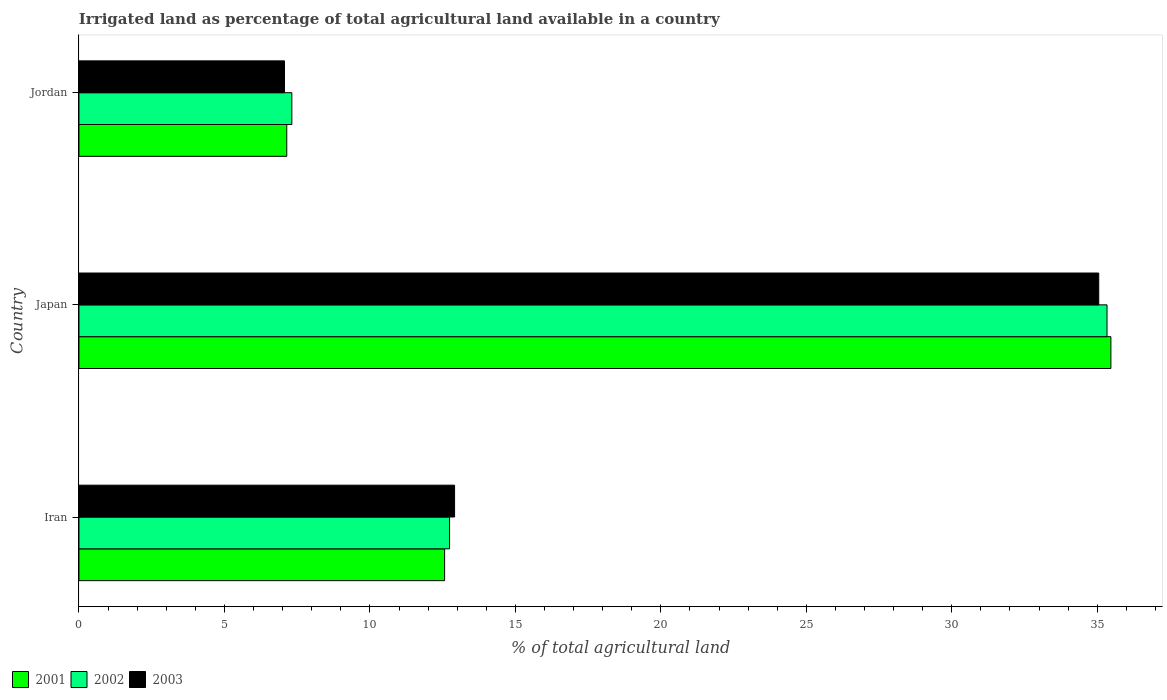
| Country | 2001 | 2002 | 2003 |
 | --- | --- | --- | --- |
 | Iran | 12.6 | 12.7 | 12.9 |
 | Japan | 35.5 | 35.3 | 35.1 |
 | Jordan | 7.14 | 7.32 | 7.06 |